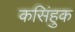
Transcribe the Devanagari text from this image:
कसिंहुक